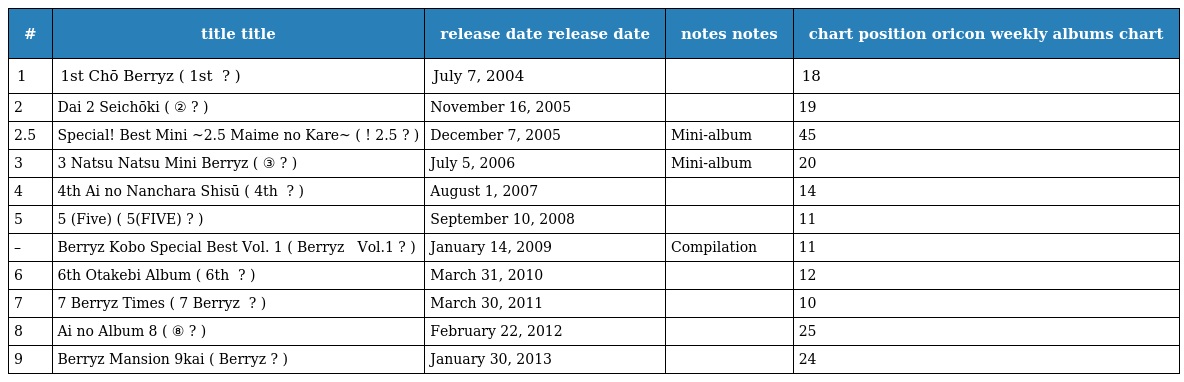
| # | title title | release date release date | notes notes | chart position oricon weekly albums chart |
 | --- | --- | --- | --- | --- |
 | 1 | 1st Chō Berryz ( 1st 超ベリーズ ? ) | July 7, 2004 |  | 18 |
 | 2 | Dai 2 Seichōki ( 第②成長記 ? ) | November 16, 2005 |  | 19 |
 | 2.5 | Special! Best Mini ~2.5 Maime no Kare~ ( スッペシャル!ベストミニ ～2.5枚目の彼～ ? ) | December 7, 2005 | Mini-album | 45 |
 | 3 | 3 Natsu Natsu Mini Berryz ( ③夏夏ミニベリーズ ? ) | July 5, 2006 | Mini-album | 20 |
 | 4 | 4th Ai no Nanchara Shisū ( 4th 愛のなんちゃら指数 ? ) | August 1, 2007 |  | 14 |
 | 5 | 5 (Five) ( 5(FIVE) ? ) | September 10, 2008 |  | 11 |
 | – | Berryz Kobo Special Best Vol. 1 ( Berryz工房 スッペシャル ベスト Vol.1 ? ) | January 14, 2009 | Compilation | 11 |
 | 6 | 6th Otakebi Album ( 6th 雄叫びアルバム ? ) | March 31, 2010 |  | 12 |
 | 7 | 7 Berryz Times ( 7 Berryz タイムス ? ) | March 30, 2011 |  | 10 |
 | 8 | Ai no Album 8 ( 愛のアルバム⑧ ? ) | February 22, 2012 |  | 25 |
 | 9 | Berryz Mansion 9kai ( Berryzマンション９階 ? ) | January 30, 2013 |  | 24 |